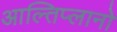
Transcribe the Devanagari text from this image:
आल्तिप्लानो